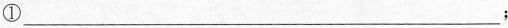
①___；